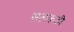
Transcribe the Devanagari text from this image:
सलकडी